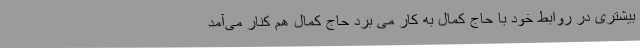
بیشتری در روابط خود با حاج کمال به کار می برد حاج کمال هم کنار می‌آمد